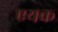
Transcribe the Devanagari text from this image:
एयक